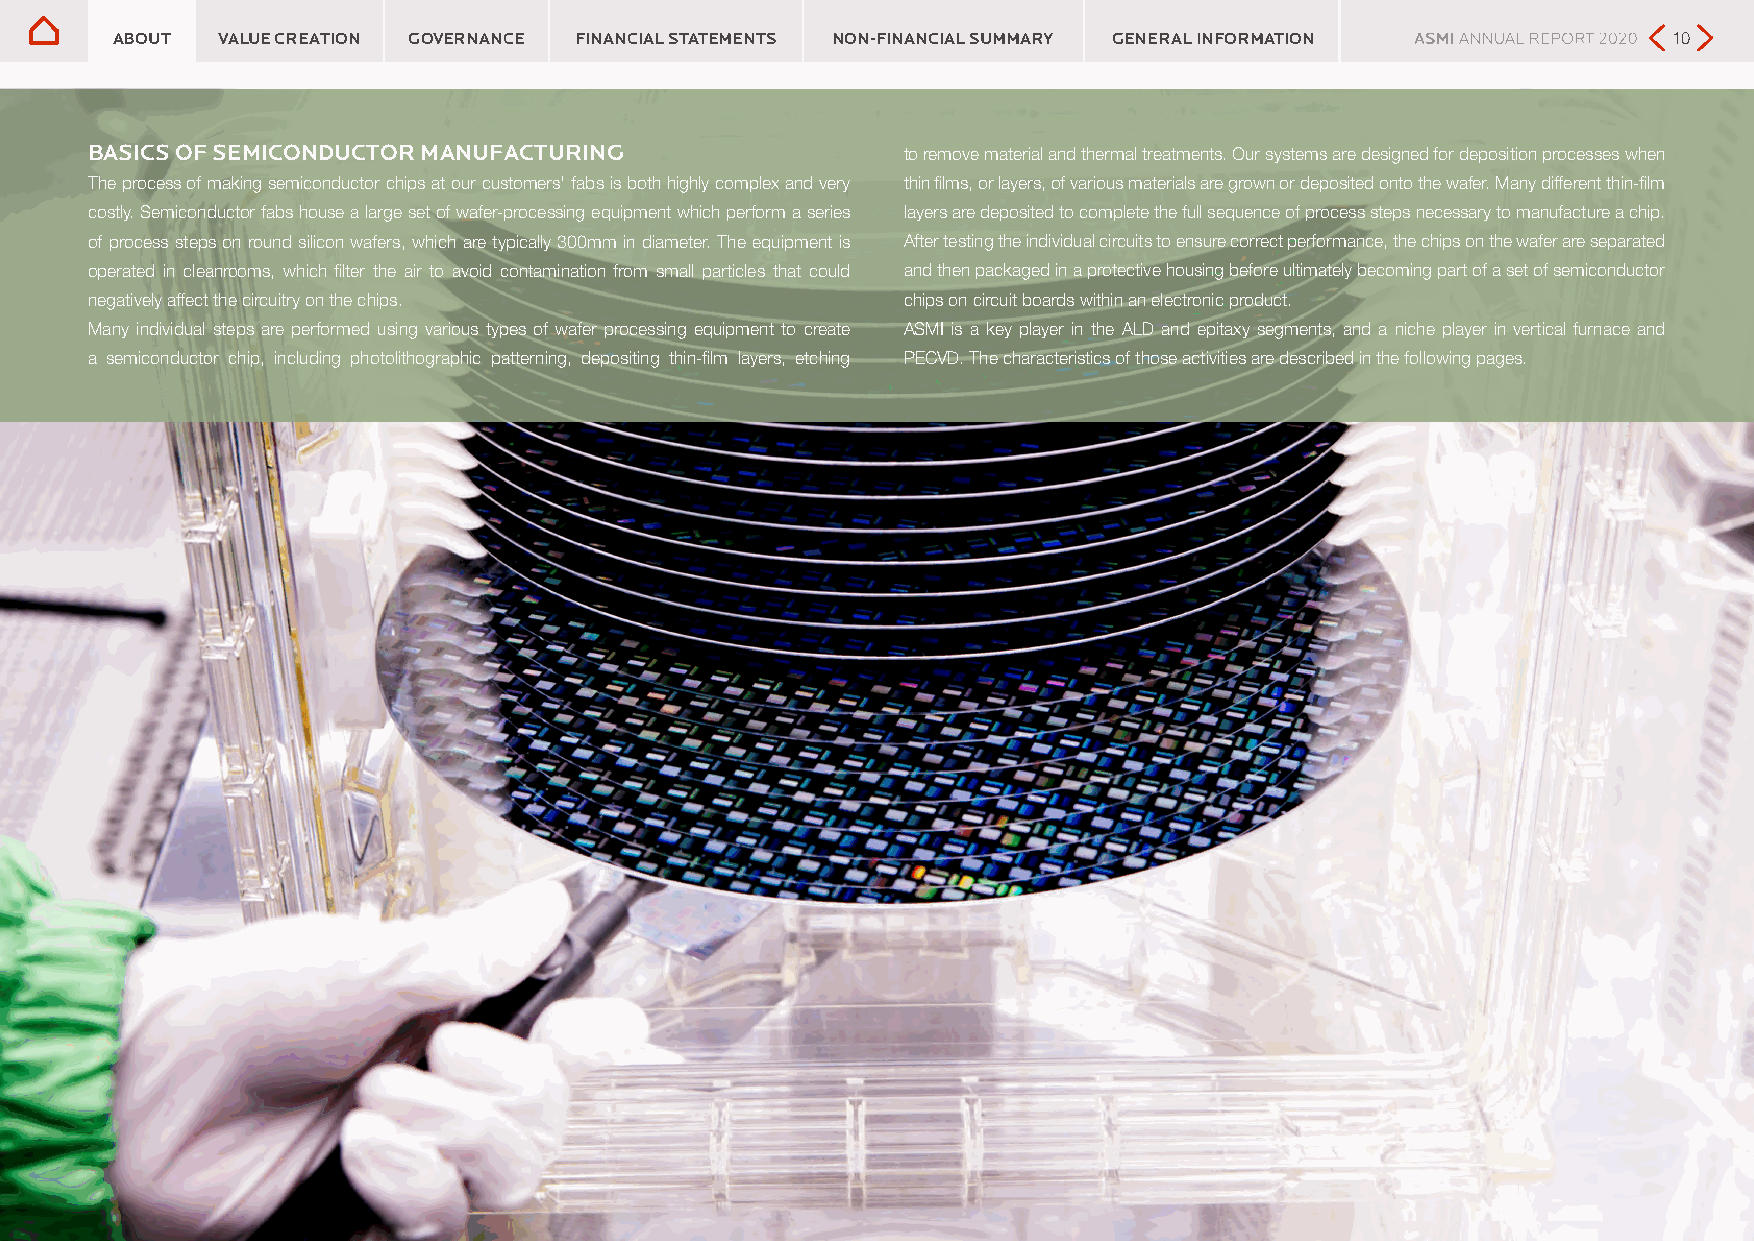
ABOUT  VALUE CREATION GOVERNANCE FINANCIAL STATEMENTS NON-FINANCIAL SUMMARY GENERAL INFORMATION         10
 BASICS OF SEMICONDUCTOR MANUFACTURING                 to remove material and thermal treatments. Our systems are designed for deposition processes when
 The process of making semiconductor chips at our customers' fabs is both highly complex and very thin films, or layers, of various materials are grown or deposited onto the wafer. Many different thin-film
 costly. Semiconductor fabs house a large set of wafer-processing equipment which perform a series layers are deposited to complete the full sequence of process steps necessary to manufacture a chip.
 of process steps on round silicon wafers, which are typically 300mm in diameter. The equipment is After testing the individual circuits to ensure correct performance, the chips on the wafer are separated
 operated in cleanrooms, which filter the air to avoid contamination from small particles that could and then packaged in a protective housing before ultimately becoming part of a set of semiconductor
 negatively affect the circuitry on the chips.         chips on circuit boards within an electronic product.
 Many individual steps are performed using various types of wafer processing equipment to create ASMI is a key player in the ALD and epitaxy segments, and a niche player in vertical furnace and
 a semiconductor chip, including photolithographic patterning, depositing thin-film layers, etching PECVD. The characteristics of those activities are described in the following pages.